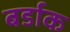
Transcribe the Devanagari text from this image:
बर्डाक